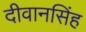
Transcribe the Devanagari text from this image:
दीवानसिंह